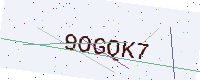
Text: 9OGQK7